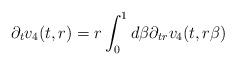
LaTeX: \begin{align*} \partial_{t}v_{4}(t,r) = r \int_{0}^{1} d\beta \partial_{tr}v_{4}(t,r\beta)\end{align*}